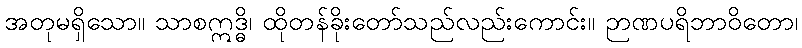
အတုမရှိသော။ သာစဣဒ္ဓိ၊ ထိုတန်ခိုးတော်သည်လည်းကောင်း။ ဉာဏပရိဘာဝိတော၊